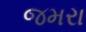
જમરા